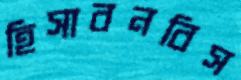
হিসাবনবিস